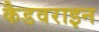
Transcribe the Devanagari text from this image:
कैडवराइन